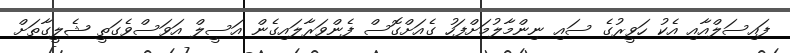
ފައިސަލްއާއި އެކު ހަވީރުގެ ސައި ނިންމާލުމަށްފަހު ގެއަށްގޮސް ފެންވަރާލައިގެން އަސީލް އަވަސްވެގަތީ ޝެލީގާތަށް